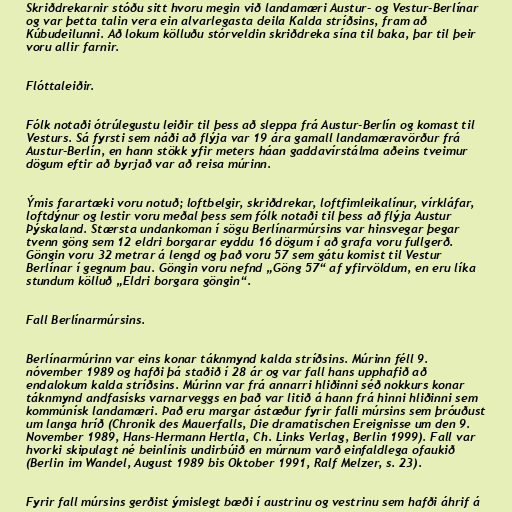
Skriðdrekarnir stóðu sitt hvoru megin við landamæri Austur- og Vestur-Berlínar
og var þetta talin vera ein alvarlegasta deila Kalda stríðsins, fram að
Kúbudeilunni. Að lokum kölluðu stórveldin skriðdreka sína til baka, þar til þeir
voru allir farnir.

Flóttaleiðir.

Fólk notaði ótrúlegustu leiðir til þess að sleppa frá Austur-Berlín og komast til
Vesturs. Sá fyrsti sem náði að flýja var 19 ára gamall landamæravörður frá
Austur-Berlín, en hann stökk yfir meters háan gaddavírstálma aðeins tveimur
dögum eftir að byrjað var að reisa múrinn.

Ýmis farartæki voru notuð; loftbelgir, skriðdrekar, loftfimleikalínur, vírkláfar,
loftdýnur og lestir voru meðal þess sem fólk notaði til þess að flýja Austur
Þýskaland. Stærsta undankoman í sögu Berlínarmúrsins var hinsvegar þegar
tvenn göng sem 12 eldri borgarar eyddu 16 dögum í að grafa voru fullgerð.
Göngin voru 32 metrar á lengd og það voru 57 sem gátu komist til Vestur
Berlínar í gegnum þau. Göngin voru nefnd „Göng 57“ af yfirvöldum, en eru líka
stundum kölluð „Eldri borgara göngin“.

Fall Berlínarmúrsins.

Berlínarmúrinn var eins konar táknmynd kalda stríðsins. Múrinn féll 9.
nóvember 1989 og hafði þá staðið í 28 ár og var fall hans upphafið að
endalokum kalda stríðsins. Múrinn var frá annarri hliðinni séð nokkurs konar
táknmynd andfasísks varnarveggs en það var litið á hann frá hinni hliðinni sem
kommúnísk landamæri. Það eru margar ástæður fyrir falli múrsins sem þróuðust
um langa hríð (Chronik des Mauerfalls, Die dramatischen Ereignisse um den 9.
November 1989, Hans-Hermann Hertla, Ch. Links Verlag, Berlin 1999). Fall var
hvorki skipulagt né beinlínis undirbúið en múrnum varð einfaldlega ofaukið
(Berlin im Wandel, August 1989 bis Oktober 1991, Ralf Melzer, s. 23).

Fyrir fall múrsins gerðist ýmislegt bæði í austrinu og vestrinu sem hafði áhrif á